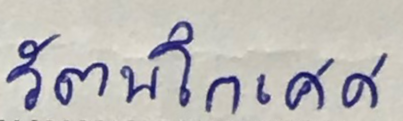
รัตนโกเศศ